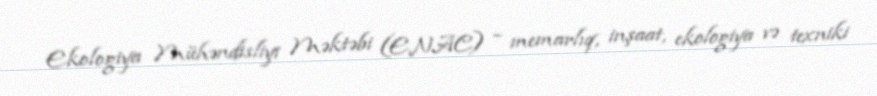
Ekologiya Mühəndisliyi Məktəbi (ENAC) – memarlıq, inşaat, ekologiya və texniki